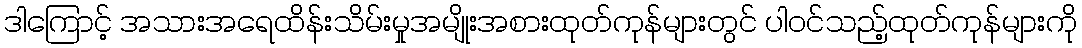
ဒါကြောင့် အသားအရေထိန်းသိမ်းမှုအမျိုးအစားထုတ်ကုန်များတွင် ပါဝင်သည့်ထုတ်ကုန်များကို